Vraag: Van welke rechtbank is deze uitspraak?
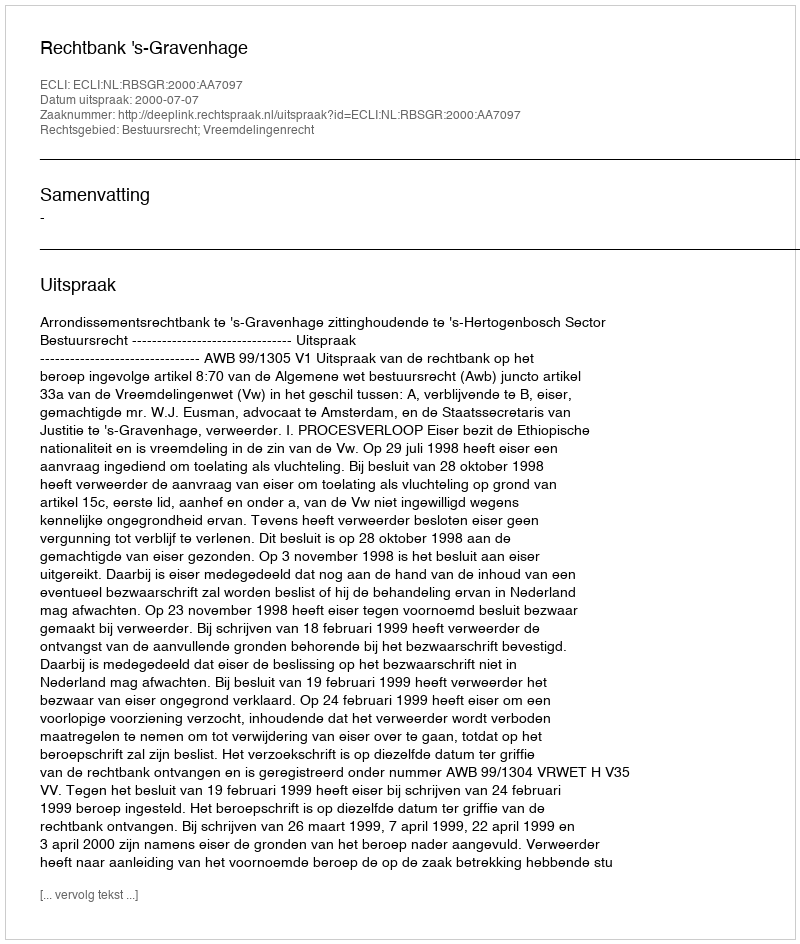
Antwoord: Rechtbank 's-Gravenhage